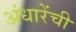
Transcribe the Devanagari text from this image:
अंधारेंची